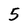
Character: 5